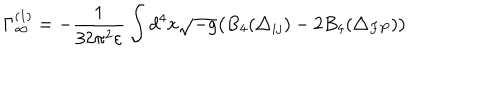
\Gamma _ { \infty } ^ { ( 1 ) } = - \frac { 1 } { 3 2 \pi ^ { 2 } \varepsilon } \int d ^ { 4 } x \sqrt { - g } \bigl ( B _ { 4 } ( \triangle _ { i j } ) - 2 B _ { 4 } ( \triangle _ { F P } ) \bigr )